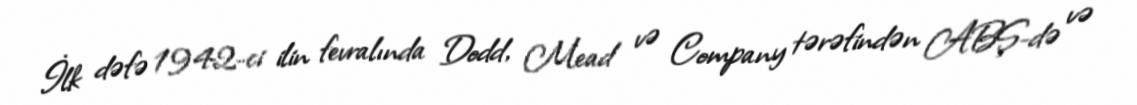
İlk dəfə 1942-ci ilin fevralında Dodd, Mead və Company tərəfindən ABŞ-də və